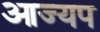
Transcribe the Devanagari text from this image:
आज्यप